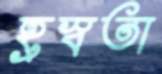
হ্রস্বতা